Eesti_Rahvusfond, lk 7
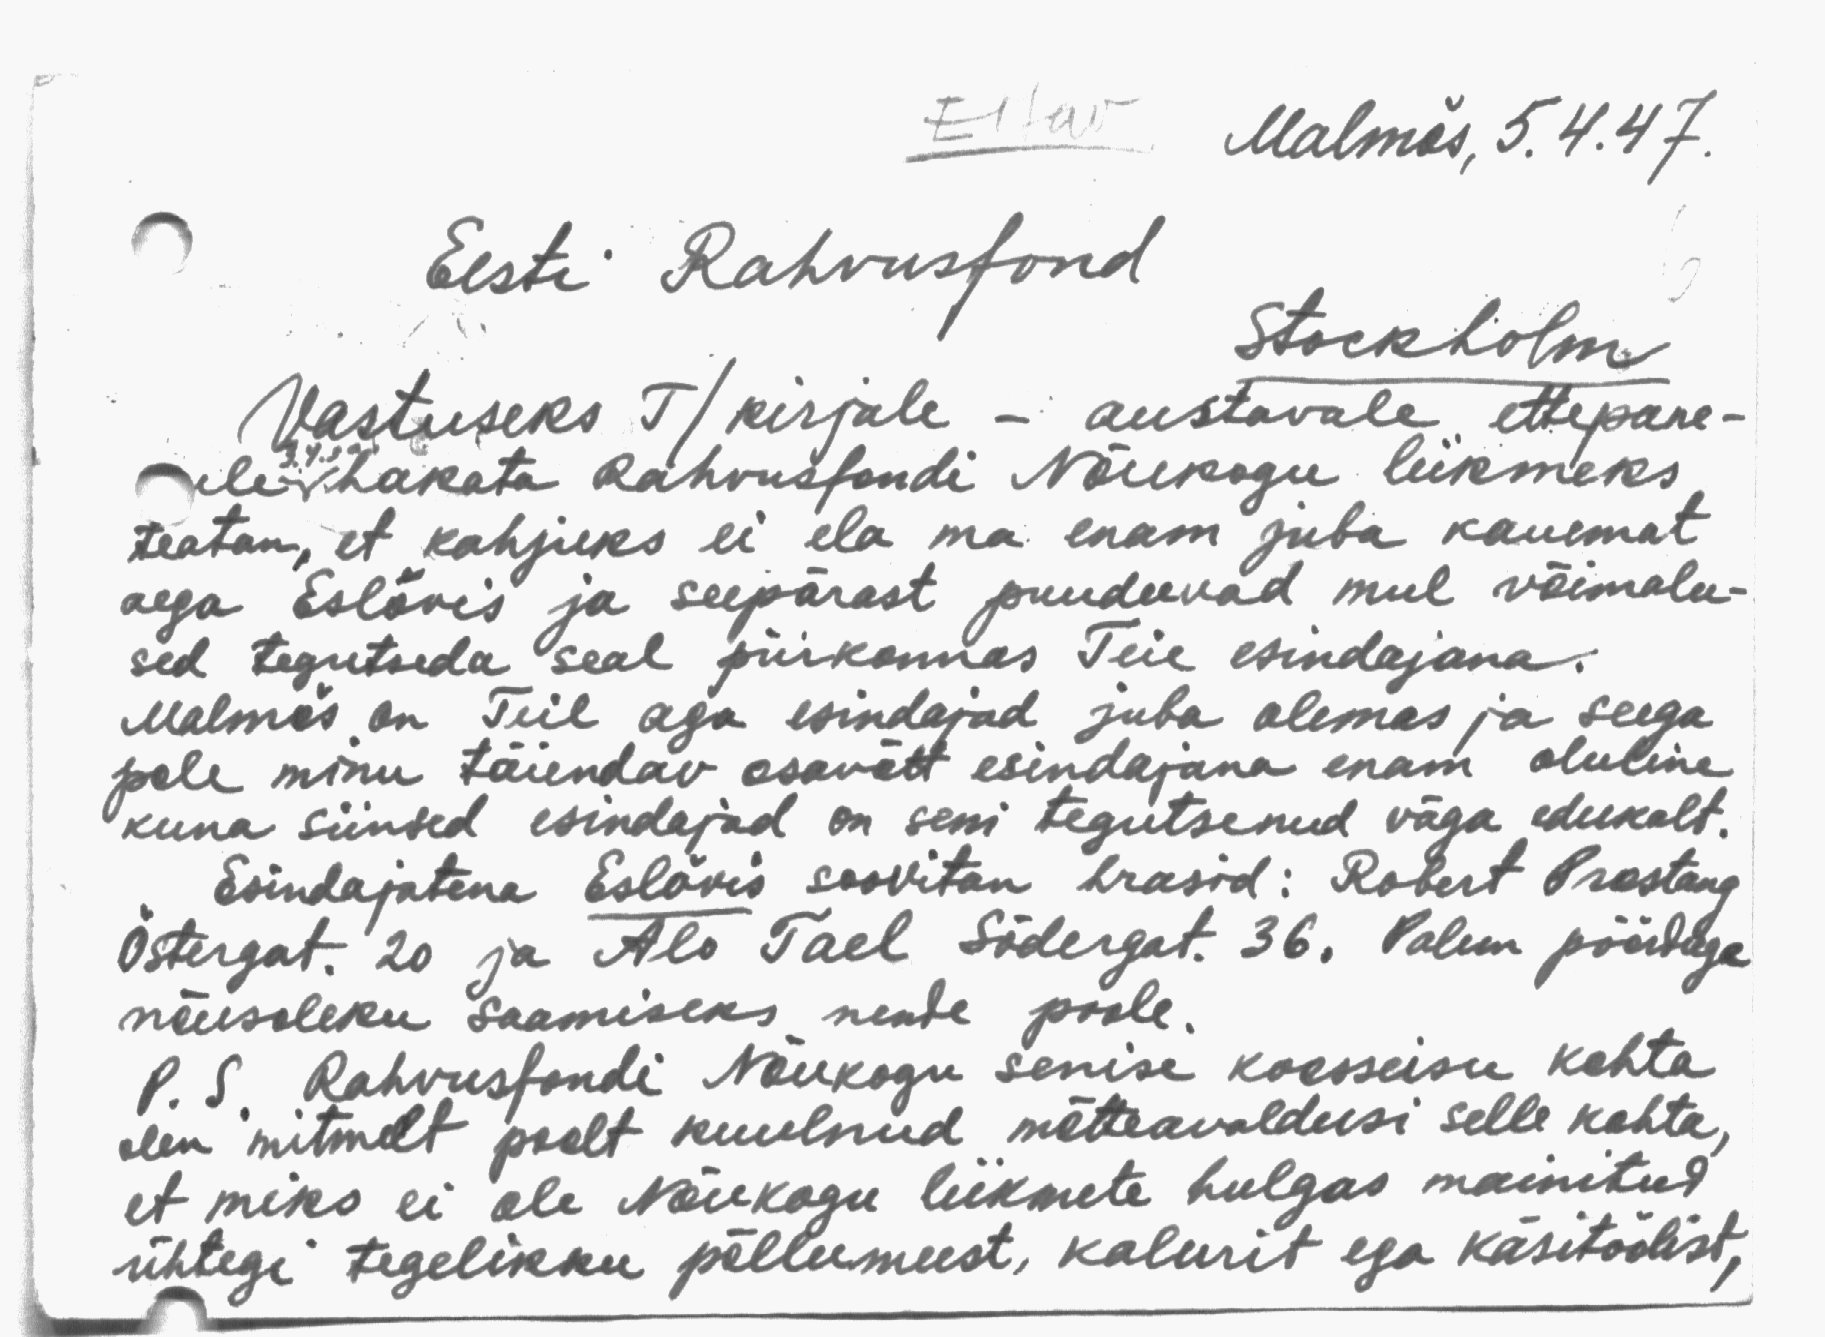
Eitav
Malmös, 5.4.47.
Eesti Rahvusfond
Stockholm
Vastuseks T / kirjale - austavale ettepane-
kule hakata Rahvusfondi Nõukogu liikmeks
teatan, et kahjuks ei ela ma enam juba kauemat
aega Eslövis ja seepärast puuduvad mul võimalu-
sed tegutseda seal piirkonnas Teie esindajana.
Malmös on Teil aga esindajad juba olemas ja seega
pole minu täiendav osavõtt esindajana enam oluline
kuna siinsed esindajad on seni tegutsenud väga edukalt.
Esindajatena Eslövis soovitan hrasid: Robert Prostang
Östergat. 20 ja Alo Tael Södergat. 36. Palun pöörduge
nõusoleku saamiseks nende poole.
P. S. Rahvusfondi Nõukogu senise koosseisu kohta
olen mitmelt poolt kuulnud mõtteavaldusi selle kohta,
et miks ei ole Nõukogu liikmete hulgas mainitud.
ühtegi tegelikku põllumeest, kalurit ega käsitöölist,